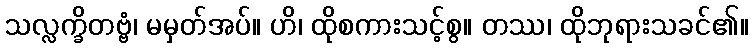
သလ္လက္ခိတဗ္ဗံ၊ မမှတ်အပ်။ ဟိ၊ ထိုစကားသင့်စွ။ တဿ၊ ထိုဘုရားသခင်၏။